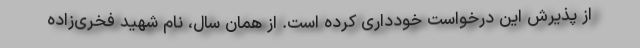
از پذیرش این درخواست خودداری کرده است. از همان سال، نام شهید فخری‌زاده